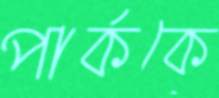
পার্ককে